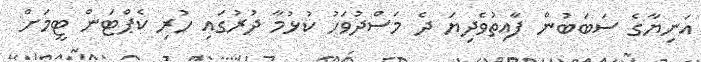
އަނިޔާގެ ސަބަބުން ފާއިތުވެދިޔަ ދެ މަސްދުވަހު ކުޅުމާ ދުރުގައި ހުރި ކެޕްޓަން ޓީމަށް